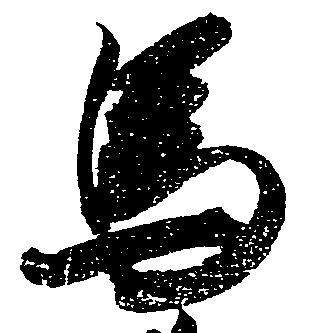
馬